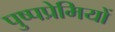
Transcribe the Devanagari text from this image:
पुष्पप्रेमियों